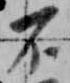
不